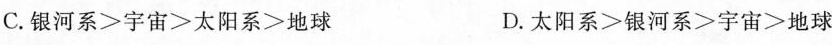
C.银河系≥宇宙≥太阳系≥地球 D.太阳系>银河系>宇宙≥地球